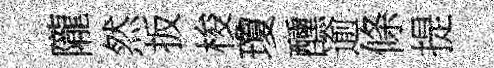
隴然扳梭瓊醺逾條提